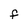
Character: f